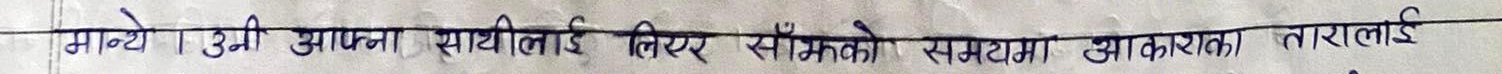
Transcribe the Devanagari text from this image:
मान्यो । उनी आफ्नो साथीलाई लिएर सँगमको समटमा अप्प्रकाशा तारालाई